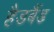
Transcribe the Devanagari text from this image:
हैडबैंड